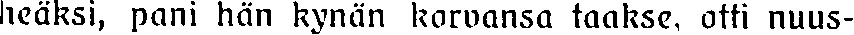
heäksi, pani hän kynän kowansa taakse, otti nuus-